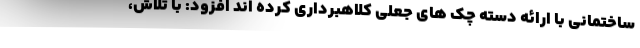
ساختمانی با ارائه دسته چک های جعلی کلاهبرداری کرده اند افزود: با تلاش،